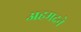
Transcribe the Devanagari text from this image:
अहमदने